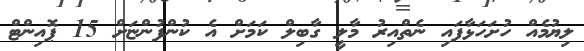
ލިޔުމެއް ހުށަހަޅާފައި ނެތްއިރު މާލީ ގާބިލް ކަމަށް އެ ކުންފުންޏަށް 15 ޕޮއިންޓް